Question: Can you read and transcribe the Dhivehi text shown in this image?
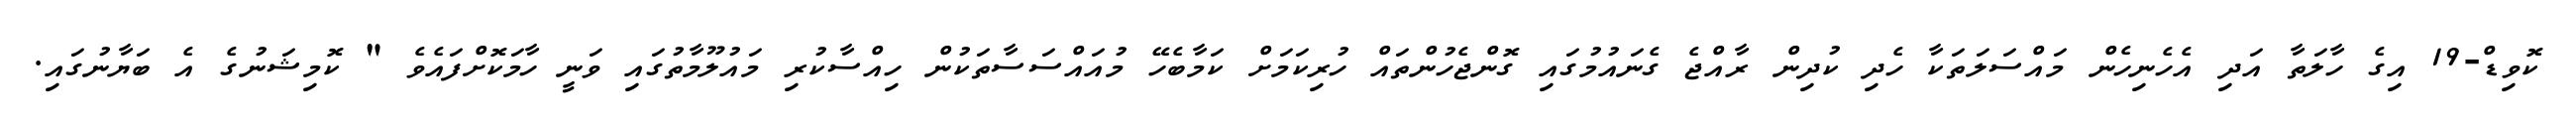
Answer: ކޮވިޑް-19 އިގެ ހާލަތާ އަދި އެހެނިހެން މައްސަލަތަކާ ހެދި ކުދިން ރާއްޖެ ގެނައުމުގައި ގޮންޖެހުންތައް ހުރިކަމަށް ކަމާބެހޭ މުއައްސަސާތަކުން ހިއްސާކުރި މައުލޫމާތުގައި ވަނީ ހާމަކޮށްފައެވެ " ކޮމިޝަނުގެ އެ ބަޔާނުގައި.